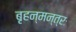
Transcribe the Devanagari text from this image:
बृहन्मन्त्रः